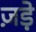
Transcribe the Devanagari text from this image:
ज़ड़े